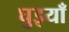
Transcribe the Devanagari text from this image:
घुइयाँ